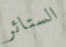
الستائر